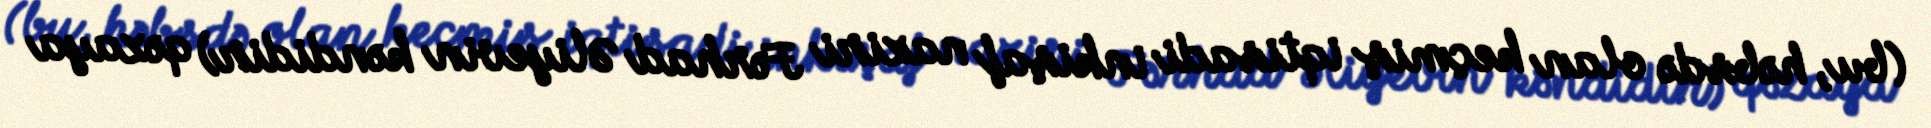
(bu, həbsdə olan keçmiş iqtisadi inkişaf naziri Fərhad Əliyevin kəndidir) qəzaya